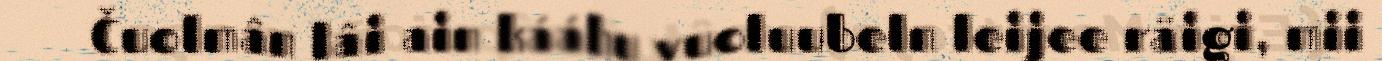
Čuolmân lâi ain kááhu vuoluubeln leijee räigi, mii